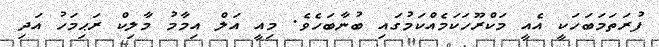
ފުރަތަމަބަހަކީ އެއީ މަކްރޫހަކަމެއްކަމުގައި ބުނާބަހެވެ. މިއީ އަލް އިމާމު މާލިކް ރަޙިމަހު އަދި